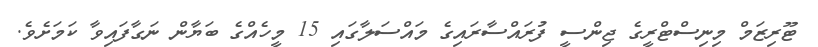
ޓޫރިޒަމް މިނިސްޓްރީގެ ޖިންސީ ފުރައްސާރައިގެ މައްސަލާގައި 15 މީހެއްގެ ބަޔާން ނަގާފައިވާ ކަމަށެވެ.